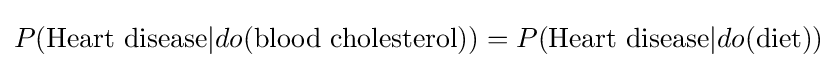
P({\text{Heart disease}}|do({\text{blood cholesterol}}))=P({\text{Heart disease}}|do({\text{diet}}))